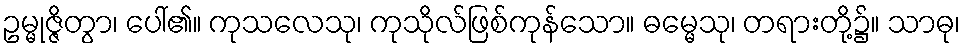
ဥမ္မုဇ္ဇိတွာ၊ ပေါ်၏။ ကုသလေသု၊ ကုသိုလ်ဖြစ်ကုန်သော။ ဓမ္မေသု၊ တရားတို့၌။ သာဓု၊